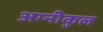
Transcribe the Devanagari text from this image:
अग्‍नीकुल